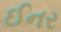
ઈનર